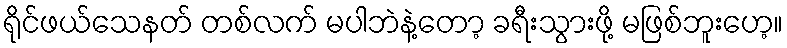
ရိုင်ဖယ်သေနတ် တစ်လက် မပါဘဲနဲ့တော့ ခရီးသွားဖို့ မဖြစ်ဘူးဟေ့။